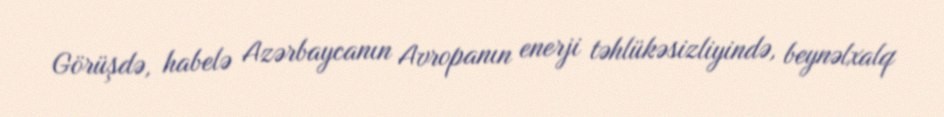
Görüşdə, habelə Azərbaycanın Avropanın enerji təhlükəsizliyində, beynəlxalq